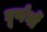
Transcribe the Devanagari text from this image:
घूर्णनों